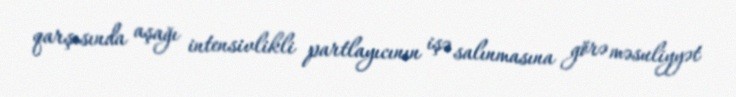
qarşısında aşağı intensivlikli partlayıcının işə salınmasına görə məsuliyyət